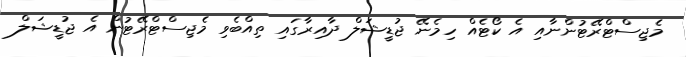
މެޖިސްޓްރޭޓުންނާއި އެ ކޯޓެއް ހިމެނޭ ޖުޑީޝަލް ދާއިރާގައި ތިއްބެވި މެޖިސްޓްރޭޓުން އެ ޖުޑީޝަލް